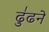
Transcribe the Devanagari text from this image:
ढु॑ढने